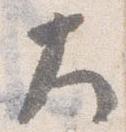
大